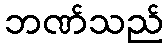
ဘဏ်သည်